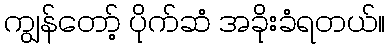
ကျွန်တော့် ပိုက်ဆံ အခိုးခံရတယ်။